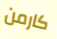
كارمن